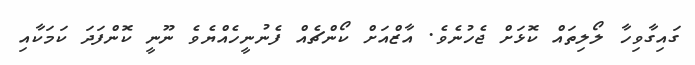
ގައިގާވިހާ ލޯލިތައް ކޮޅަށް ޖެހުނެވެ. އާޒްއަށް ކޯންޗެއް ފެނުނީހެއްޔެވެ ނޫނީ ކޮންފަދަ ކަމަކާއި